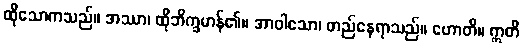
ထိုသောကသည်။ အဿာ၊ ထိုဘိက္ခမာန်၏။ အာဝါသော၊ တည်နေရာသည်။ ဟောတိ။ ဣတိ